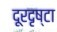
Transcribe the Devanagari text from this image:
दूरदृष्टा